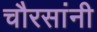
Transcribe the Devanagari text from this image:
चौरसांनी